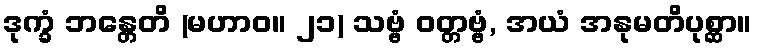
ဒုက္ခံ ဘန္တေတိ (မဟာဝ။ ၂၁) သဗ္ဗံ ဝတ္တဗ္ဗံ, အယံ အနုမတိပုစ္ဆာ။